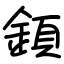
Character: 顉